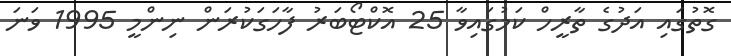
ގޮތުގައި އަދުގެ ތާރީހް ކަމުގައިވާ 25 އޮކްޓޯބަރު ފާހަގަކުރަން ނިންމީ 1995 ވަނަ